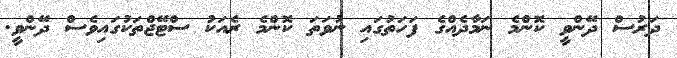
ދަރުސް ދޭންވީ ކޮންމެ ނަމާދެއްގެ ފަހަތުގައި ނުވަތަ ކޮންމެ ރެއަކު ސްޓޭޖްތަކުގައިވެސް ދޭންވީ.